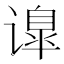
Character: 𰶅